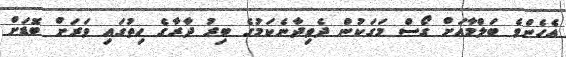
އެހެންވެ ބަލްމާއަށް ގޯސް މަގަކުން ދެވިދާނެކަމުގެ ބިރު ދާރާގެ ހިތުގައި ވަރަށް ބޮޑަށް